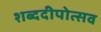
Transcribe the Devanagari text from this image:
शब्ददीपोत्सव